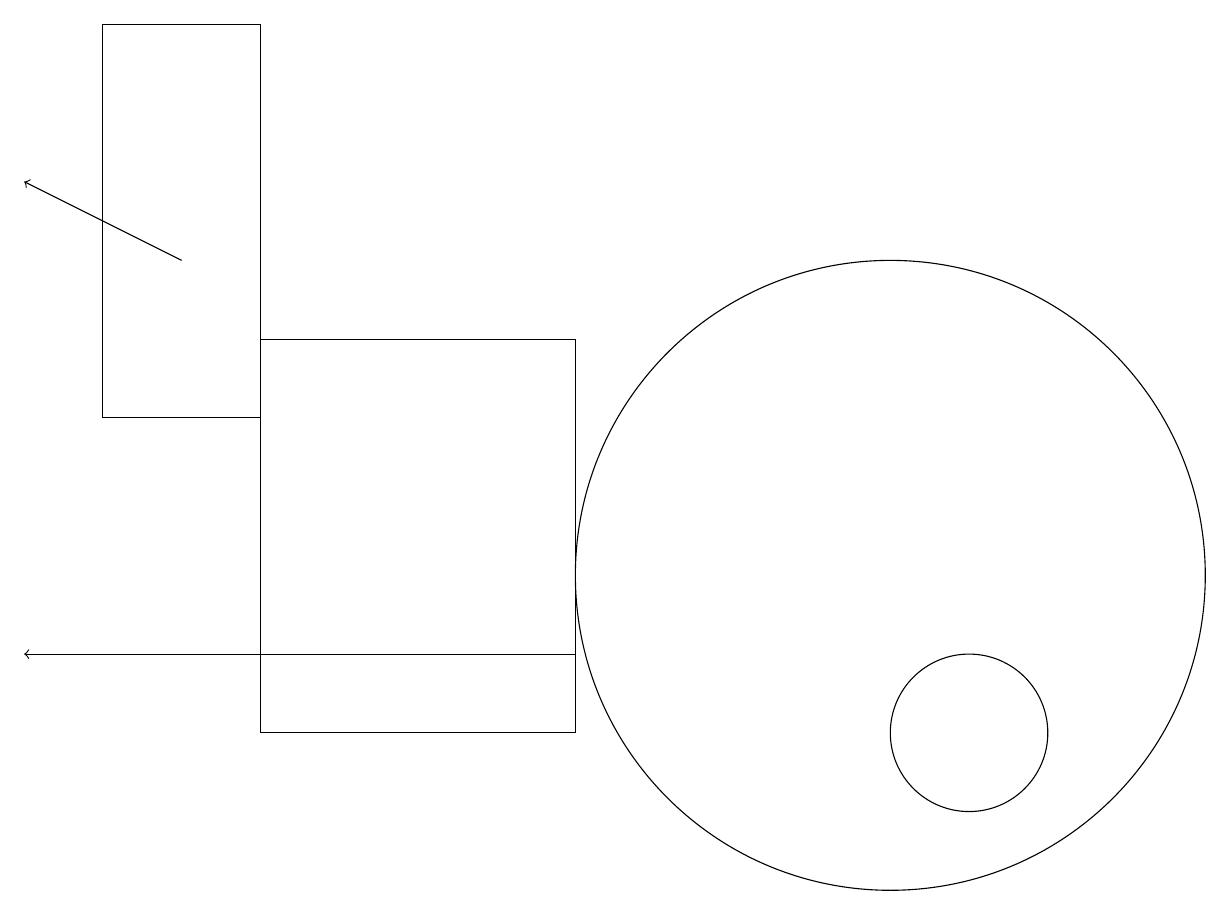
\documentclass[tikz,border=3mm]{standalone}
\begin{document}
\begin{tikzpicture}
\draw[->] (7,11) -- (0,11);
\draw (3,14) rectangle (1,19);
\draw (7,10) rectangle (3,15);
\draw (12,10) circle (1);
\draw[->] (2,16) -- (0,17);
\draw (11,12) circle (4);
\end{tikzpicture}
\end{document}